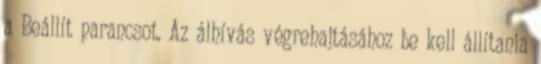
a Beállít parancsot. Az álhívás végrehajtásához be kell állítania